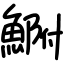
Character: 𩷺